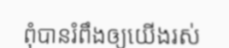
ពុំបានរំពឹងឲ្យយើងរស់